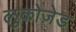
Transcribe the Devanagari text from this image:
लुकोज़ेड